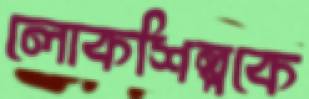
লোকশিল্পকে